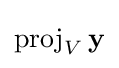
\operatorname {proj} _{V}\mathbf {y}